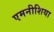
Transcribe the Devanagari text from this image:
एमनीशिया